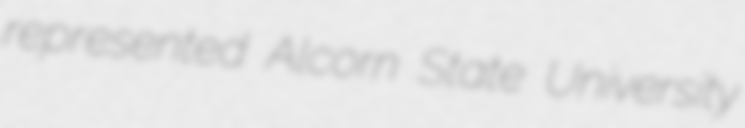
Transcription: represented Alcorn State University